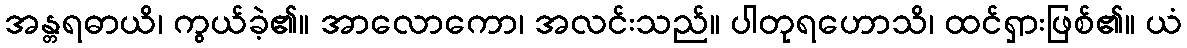
အန္တရဓာယိ၊ ကွယ်ခဲ့၏။ အာလောကော၊ အလင်းသည်။ ပါတုရဟောသိ၊ ထင်ရှားဖြစ်၏။ ယံ